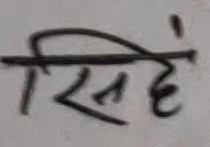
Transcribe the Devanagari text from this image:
सिंह